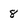
Character: 8